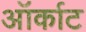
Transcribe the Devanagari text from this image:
ऑर्काट